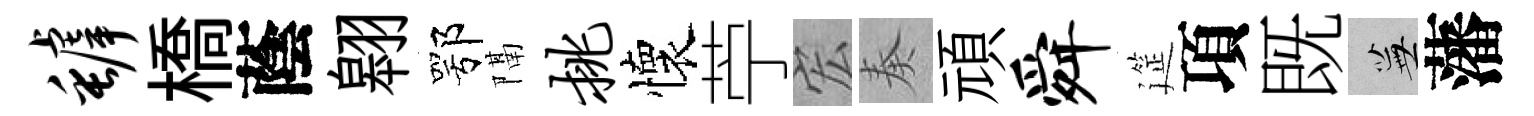
罅橋蔭翱鄂隔挑懷苧宏奏頑舜筵項既蕪藩